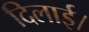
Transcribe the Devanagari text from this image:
दिलाई।